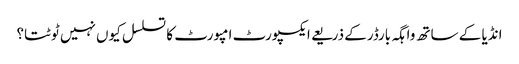
انڈیا کے ساتھ واہگہ بارڈرکے ذریعے ایکسپورٹ امپورٹ کا تسلسل کیوں نہیں ٹوٹتا؟